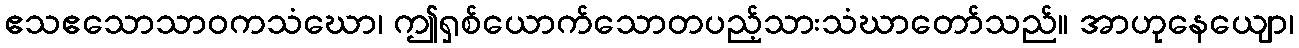
ဧသဧသောသာဝကသံဃော၊ ဤရှစ်ယောက်သောတပည့်သားသံဃာတော်သည်။ အာဟုနေယျော၊